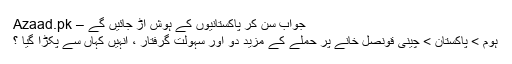
جواب سن کر پاکستانیوں کے ہوش اڑ جائیں گے – Azaad.pk
ہوم > پاکستان > چینی قونصل خانے پر حملے کے مزید دو اور سہولت گرفتار ، انہیں کہاں سے پکڑا گیا ؟